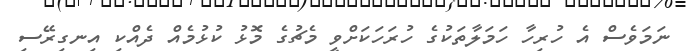
ނަމަވެސް އެ ހުރިހާ ހަމަލާތަކުގެ ހުރަހަކަށްވީ މެޗުގެ މޮޅު ކުޅުމެއް ދެއްކި އިނގިރޭސި